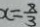
x = \frac { 8 } { 3 }